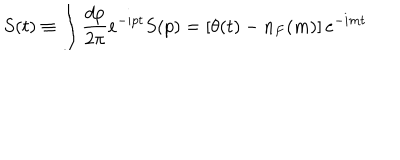
LaTeX: S ( t ) \equiv \int { \frac { d p } { 2 \pi } } e ^ { - i p t } S ( p ) = \left[ \theta ( t ) - n _ { F } ( m ) \right] e ^ { - i m t }